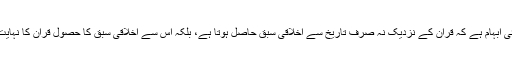
کیا اس میں کوئی ابہام ہے کہ قرآن کے نزدیک نہ صرف تاریخ سے اخلاقی سبق حاصل ہوتا ہے، بلکہ اس سے اخلاقی سبق کا حصول قرآن کا نہایت اہم تقاضا ہے۔